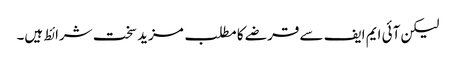
لیکن آئی ایم ایف سے قرضے کا مطلب مزید سخت شرائط ہیں۔